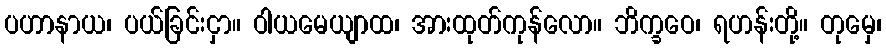
ပဟာနာယ၊ ပယ်ခြင်းငှာ။ ဝါယမေယျာထ၊ အားထုတ်ကုန်လော။ ဘိက္ခဝေ၊ ရဟန်းတို့။ တုမှေ၊